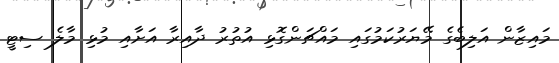
މައިޒާން އަލިބެގެ މޭޔަރުކަމުގައި މައްޗަންގޮޅި އުތުރު ދާއިރާ އަށާއި މުޅި މާލެ ސިޓީ